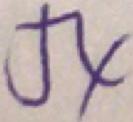
5 4